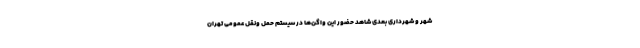
شهر و شهرداری بعدی شاهد حضور این واگن‌ها در سیستم حمل ونقل عمومی تهران